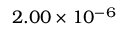
2 . 0 0 \times 1 0 ^ { - 6 }